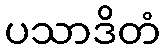
ပသာဒိတံ